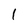
Character: 1